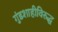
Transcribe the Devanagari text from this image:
गुंडशाहीविरुद्ध